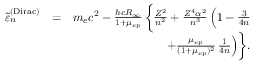
\begin{array} { r l r } { \tilde { \varepsilon } _ { n } ^ { \mathrm { ( D i r a c ) } } } & { = } & { m _ { e } c ^ { 2 } - \frac { h c R _ { \infty } } { 1 + \mu _ { e p } } \, \bigg \{ \frac { Z ^ { 2 } } { n ^ { 2 } } + \frac { Z ^ { 4 } \alpha ^ { 2 } } { n ^ { 3 } } \, \Big ( 1 - \frac { 3 } { 4 n } } \\ & { } & { + \frac { \mu _ { e p } } { ( 1 + \mu _ { e p } ) ^ { 2 } } \, \frac { 1 } { 4 n } \Big ) \bigg \} . } \end{array}